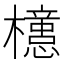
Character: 𣟥